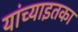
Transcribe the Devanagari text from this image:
यांच्याइतका